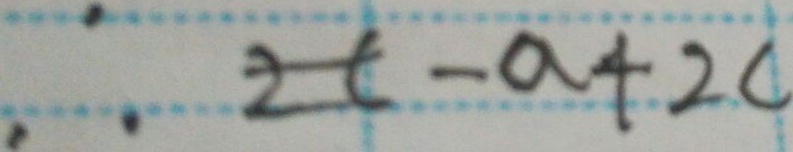
\therefore 2 t - a + 2 c